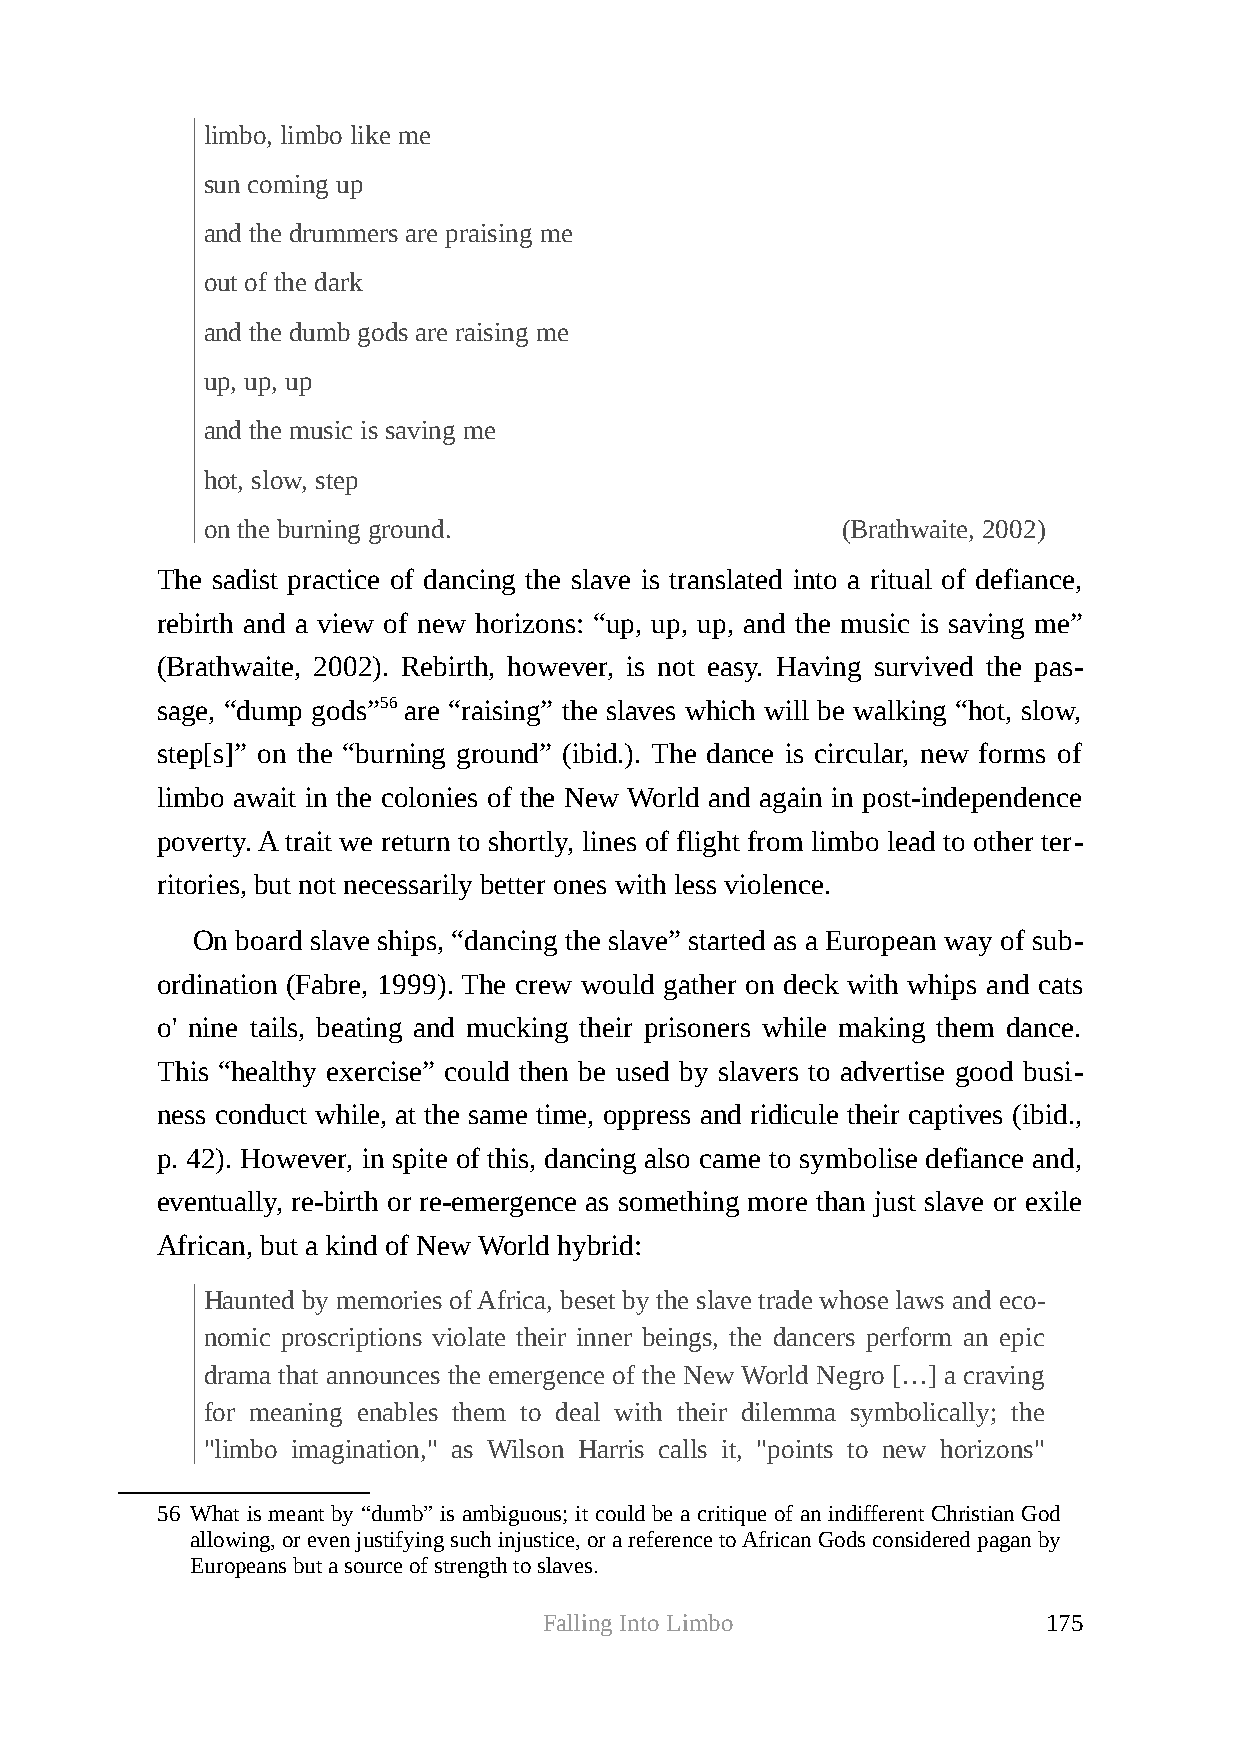
limbo, limbo like me
 sun coming up
 and the drummers are praising me
 out of the dark
 and the dumb gods are raising me
 up, up, up
 and the music is saving me
 hot, slow, step
 on the burning ground.                    (Brathwaite, 2002)
 The sadist practice of dancing the slave is translated into a ritual of defiance,
 rebirth and a view of new horizons: “up, up, up, and the music is saving me”
 (Brathwaite, 2002). Rebirth, however, is not easy. Having survived the pas-
 sage, “dump gods”56 are “raising” the slaves which will be walking “hot, slow,
 step[s]” on the “burning ground” (ibid.). The dance is circular, new forms of
 limbo await in the colonies of the New World and again in post-independence
 poverty. A trait we return to shortly, lines of flight from limbo lead to other ter-
 ritories, but not necessarily better ones with less violence.
 On board slave ships, “dancing the slave” started as a European way of sub-
 ordination (Fabre, 1999). The crew would gather on deck with whips and cats
 o' nine tails, beating and mucking their prisoners while making them dance.
 This “healthy exercise” could then be used by slavers to advertise good busi-
 ness conduct while, at the same time, oppress and ridicule their captives (ibid.,
 p. 42). However, in spite of this, dancing also came to symbolise defiance and,
 eventually, re-birth or re-emergence as something more than just slave or exile
 African, but a kind of New World hybrid:
 Haunted by memories of Africa, beset by the slave trade whose laws and eco-
 nomic proscriptions violate their inner beings, the dancers perform an epic
 drama that announces the emergence of the New World Negro […] a craving
 for meaning enables them to deal with their dilemma symbolically; the
 "limbo imagination," as Wilson Harris calls it, "points to new horizons"
 56 What is meant by “dumb” is ambiguous; it could be a critique of an indifferent Christian God
 allowing, or even justifying such injustice, or a reference to African Gods considered pagan by
 Europeans but a source of strength to slaves.
 Falling Into Limbo               175